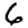
Digit: 6